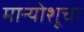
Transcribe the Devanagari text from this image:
मान्योशूचा